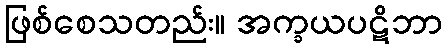
ဖြစ်စေသတည်း။ အက္ခယပဋိဘာ